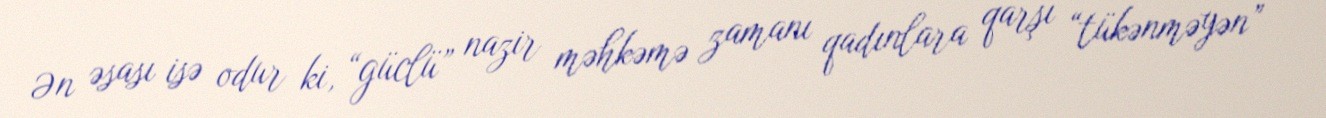
Ən əsası isə odur ki, “güclü” nazir məhkəmə zamanı qadınlara qarşı “tükənməyən”